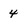
Character: 4